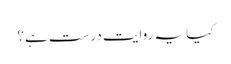
کیا یہ روایت درست ہے؟